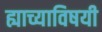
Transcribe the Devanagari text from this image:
ह्याच्याविषयी